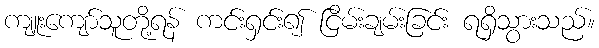
ကျူးကျော်သူတို့ရန် ကင်းရှင်း၍ ငြိမ်းချမ်းခြင်း ရရှိသွားသည်။